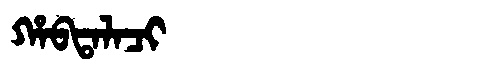
Manchu: ᡥᠠᠪᡨᠠᠯᠠᠴᡳ
Romanization: HABTALACI